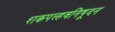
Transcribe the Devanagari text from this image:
शकपल्हवनिषूदन